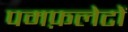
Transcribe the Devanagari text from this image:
पमफ़लेटों